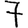
Digit: 7